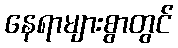
နေရာများစွာတွင်